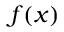
f ( x )